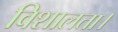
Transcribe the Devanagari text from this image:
विशालता।